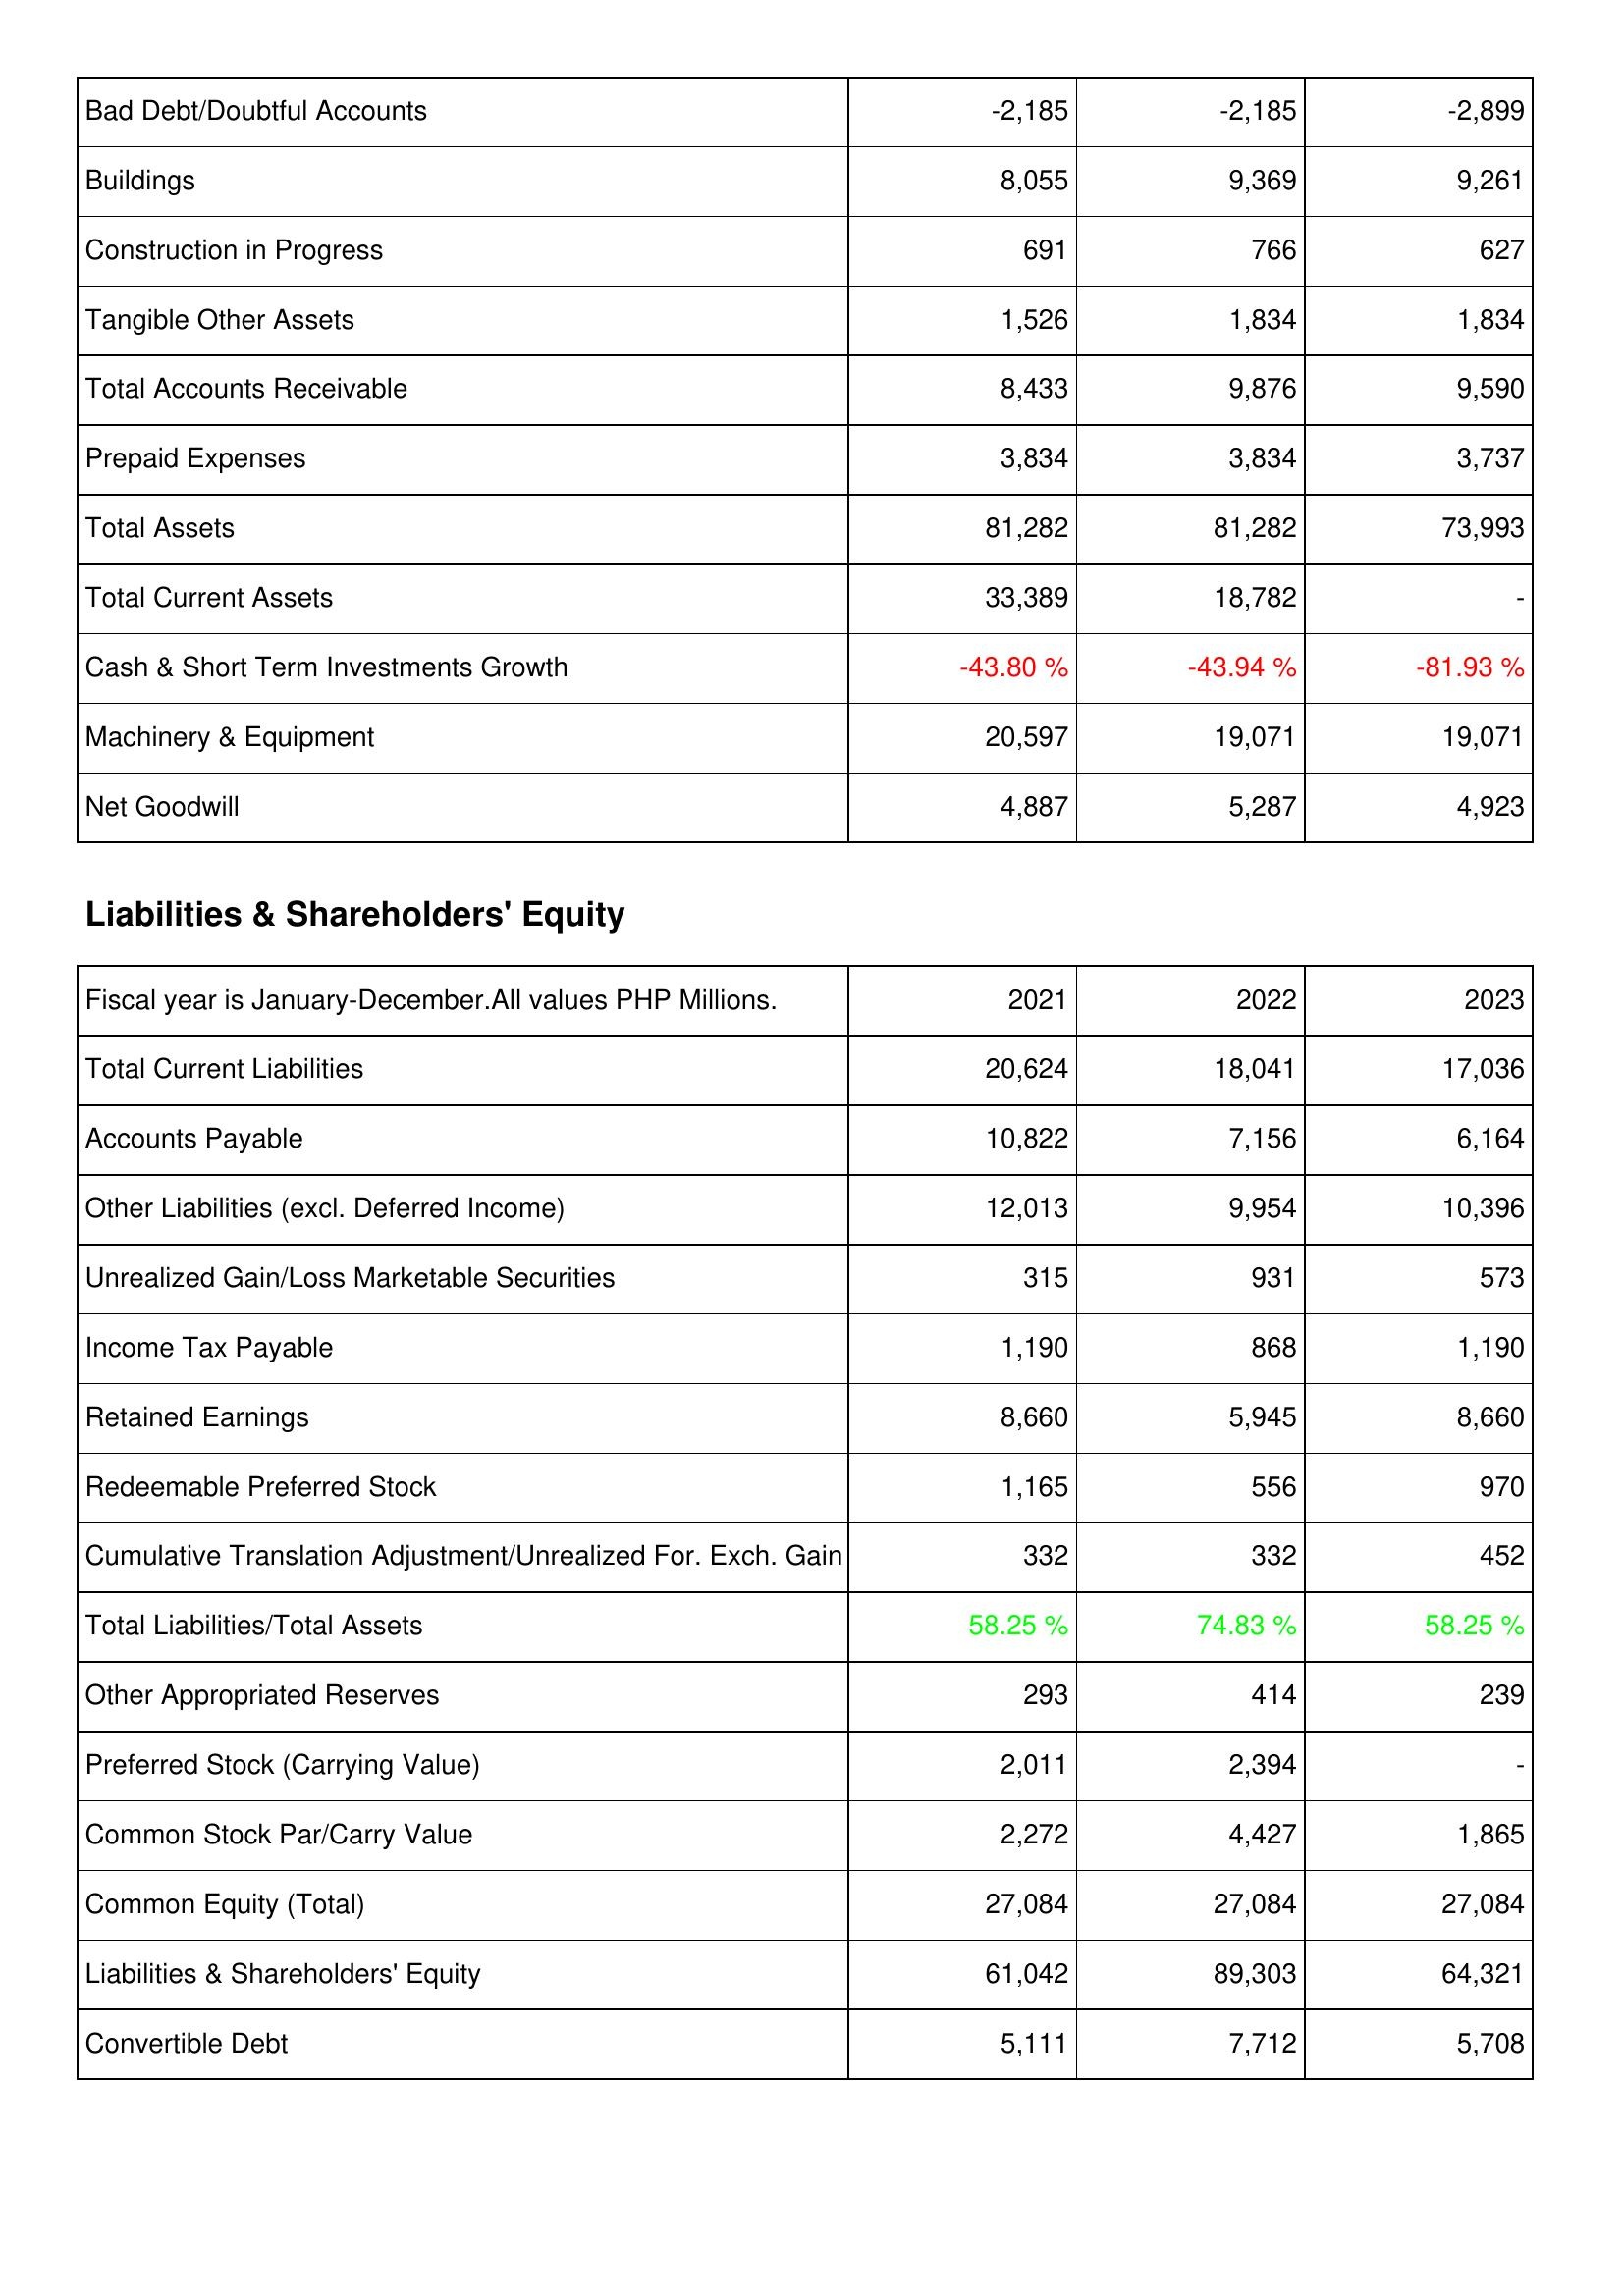
2021: Assets: Bad Debt/Doubtful Accounts: -2,185
Buildings: 8,055
Construction in Progress: 691
Tangible Other Assets: 1,526
Total Accounts Receivable: 8,433
Prepaid Expenses: 3,834
Total Assets: 81,282
Total Current Assets: 33,389
Cash & Short Term Investments Growth: -43.80 %
Machinery & Equipment: 20,597
Net Goodwill: 4,887
Liabilities & Shareholders' Equity: Total Current Liabilities: 20,624
Accounts Payable: 10,822
Other Liabilities (excl. Deferred Income): 12,013
Unrealized Gain/Loss Marketable Securities: 315
Income Tax Payable: 1,190
Retained Earnings: 8,660
Redeemable Preferred Stock: 1,165
Cumulative Translation Adjustment/Unrealized For. Exch. Gain: 332
Total Liabilities/Total Assets: 58.25 %
Other Appropriated Reserves: 293
Preferred Stock (Carrying Value): 2,011
Common Stock Par/Carry Value: 2,272
Common Equity (Total): 27,084
Liabilities & Shareholders' Equity: 61,042
Convertible Debt: 5,111
2022: Assets: Bad Debt/Doubtful Accounts: -2,185
Buildings: 9,369
Construction in Progress: 766
Tangible Other Assets: 1,834
Total Accounts Receivable: 9,876
Prepaid Expenses: 3,834
Total Assets: 81,282
Total Current Assets: 18,782
Cash & Short Term Investments Growth: -43.94 %
Machinery & Equipment: 19,071
Net Goodwill: 5,287
Liabilities & Shareholders' Equity: Total Current Liabilities: 18,041
Accounts Payable: 7,156
Other Liabilities (excl. Deferred Income): 9,954
Unrealized Gain/Loss Marketable Securities: 931
Income Tax Payable: 868
Retained Earnings: 5,945
Redeemable Preferred Stock: 556
Cumulative Translation Adjustment/Unrealized For. Exch. Gain: 332
Total Liabilities/Total Assets: 74.83 %
Other Appropriated Reserves: 414
Preferred Stock (Carrying Value): 2,394
Common Stock Par/Carry Value: 4,427
Common Equity (Total): 27,084
Liabilities & Shareholders' Equity: 89,303
Convertible Debt: 7,712
2023: Assets: Bad Debt/Doubtful Accounts: -2,899
Buildings: 9,261
Construction in Progress: 627
Tangible Other Assets: 1,834
Total Accounts Receivable: 9,590
Prepaid Expenses: 3,737
Total Assets: 73,993
Total Current Assets: -
Cash & Short Term Investments Growth: -81.93 %
Machinery & Equipment: 19,071
Net Goodwill: 4,923
Liabilities & Shareholders' Equity: Total Current Liabilities: 17,036
Accounts Payable: 6,164
Other Liabilities (excl. Deferred Income): 10,396
Unrealized Gain/Loss Marketable Securities: 573
Income Tax Payable: 1,190
Retained Earnings: 8,660
Redeemable Preferred Stock: 970
Cumulative Translation Adjustment/Unrealized For. Exch. Gain: 452
Total Liabilities/Total Assets: 58.25 %
Other Appropriated Reserves: 239
Preferred Stock (Carrying Value): -
Common Stock Par/Carry Value: 1,865
Common Equity (Total): 27,084
Liabilities & Shareholders' Equity: 64,321
Convertible Debt: 5,708